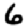
Digit: 6